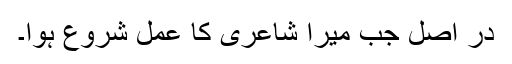
در اصل جب میرا شاعری کا عمل شروع ہُوا۔